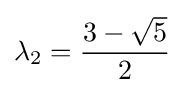
\lambda _{2}={\frac {3-{\sqrt {5}}}{2}}